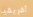
أفريقيا